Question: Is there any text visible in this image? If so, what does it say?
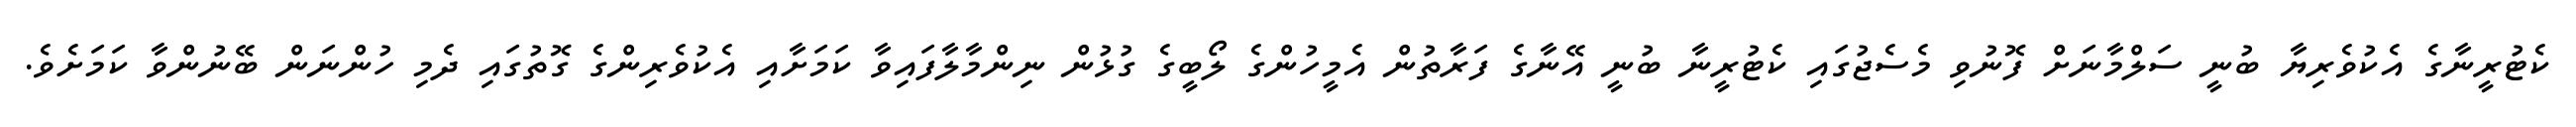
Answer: ކެޓުރީނާގެ އެކުވެރިޔާ ބުނީ ސަލްމާނަށް ފޮނުވި މެސެޖުގައި ކެޓުރީނާ ބުނީ އޭނާގެ ފަރާތުން އެމީހުންގެ ލޯބީގެ ގުޅުން ނިންމާލާފައިވާ ކަމަށާއި އެކުވެރިންގެ ގޮތުގައި ދެމި ހުންނަން ބޭނުންވާ ކަމަށެވެ.